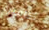
كاميرة